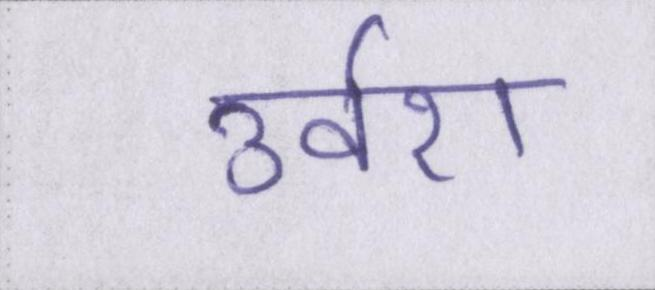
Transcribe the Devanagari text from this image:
उर्वरा